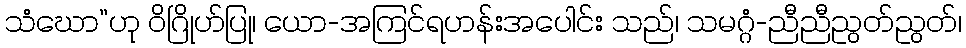
သံဃော”ဟု ဝိဂြိုဟ်ပြု၊ ယော-အကြင်ရဟန်းအပေါင်း သည်၊ သမဂ္ဂံ-ညီညီညွတ်ညွတ်၊